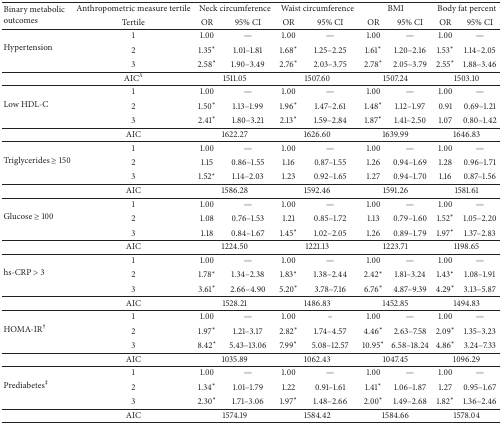
<table><thead><tr><td rowspan="2"><b>Binary metabolic outcomes</b></td><td><b>Anthropometric measure tertile</b></td><td colspan="2"><b>Neck circumference</b></td><td colspan="2"><b>Waist circumference</b></td><td colspan="2"><b>BMI</b></td><td colspan="2"><b>Body fat percent</b></td></tr><tr><td><b>Tertile</b></td><td><b>OR</b></td><td><b>95% CI</b></td><td><b>OR</b></td><td><b>95% CI</b></td><td><b>OR</b></td><td><b>95% CI</b></td><td><b>OR</b></td><td><b>95% CI</b></td></tr></thead><tbody><tr><td rowspan="3">Hypertension</td><td>1</td><td>1.00</td><td>—</td><td>1.00</td><td>—</td><td>1.00</td><td>—</td><td>1.00</td><td>—</td></tr><tr><td>2</td><td>1.35<sup><i>∗</i></sup></td><td>1.01–1.81</td><td>1.68<sup><i>∗</i></sup></td><td>1.25–2.25</td><td>1.61<sup><i>∗</i></sup></td><td>1.20–2.16</td><td>1.53<sup><i>∗</i></sup></td><td>1.14–2.05</td></tr><tr><td>3</td><td>2.58<sup><i>∗</i></sup></td><td>1.90–3.49</td><td>2.76<sup><i>∗</i></sup></td><td>2.03–3.75</td><td>2.78<sup><i>∗</i></sup></td><td>2.05–3.79</td><td>2.55<sup><i>∗</i></sup></td><td>1.88–3.46</td></tr><tr><td> </td><td>AIC<sup><i>λ</i></sup></td><td colspan="2">1511.05</td><td colspan="2">1507.60</td><td colspan="2">1507.24</td><td colspan="2">1503.10</td></tr><tr><td rowspan="3">Low HDL-C</td><td>1</td><td>1.00</td><td>—</td><td>1.00</td><td>—</td><td>1.00</td><td>—</td><td>1.00</td><td>—</td></tr><tr><td>2</td><td>1.50<sup><i>∗</i></sup></td><td>1.13–1.99</td><td>1.96<sup><i>∗</i></sup></td><td>1.47–2.61</td><td>1.48<sup><i>∗</i></sup></td><td>1.12–1.97</td><td>0.91</td><td>0.69–1.21</td></tr><tr><td>3</td><td>2.41<sup><i>∗</i></sup></td><td>1.80–3.21</td><td>2.13<sup><i>∗</i></sup></td><td>1.59–2.84</td><td>1.87<sup><i>∗</i></sup></td><td>1.41–2.50</td><td>1.07</td><td>0.80–1.42</td></tr><tr><td> </td><td>AIC</td><td colspan="2">1622.27</td><td colspan="2">1626.60</td><td colspan="2">1639.99</td><td colspan="2">1646.83</td></tr><tr><td rowspan="3">Triglycerides ≥ 150</td><td>1</td><td>1.00</td><td>—</td><td>1.00</td><td>—</td><td>1.00</td><td>—</td><td>1.00</td><td>—</td></tr><tr><td>2</td><td>1.15</td><td>0.86–1.55</td><td>1.16</td><td>0.87–1.55</td><td>1.26</td><td>0.94–1.69</td><td>1.28</td><td>0.96–1.71</td></tr><tr><td>3</td><td>1.52<sup><i>∗</i></sup></td><td>1.14–2.03</td><td>1.23</td><td>0.92–1.65</td><td>1.27</td><td>0.94–1.70</td><td>1.16</td><td>0.87–1.56</td></tr><tr><td> </td><td>AIC</td><td colspan="2">1586.28</td><td colspan="2">1592.46</td><td colspan="2">1591.26</td><td colspan="2">1581.61</td></tr><tr><td rowspan="3">Glucose ≥ 100</td><td>1</td><td>1.00</td><td>—</td><td>1.00</td><td>—</td><td>1.00</td><td>—</td><td>1.00</td><td>—</td></tr><tr><td>2</td><td>1.08</td><td>0.76–1.53</td><td>1.21</td><td>0.85–1.72</td><td>1.13</td><td>0.79–1.60</td><td>1.52<sup><i>∗</i></sup></td><td>1.05–2.20</td></tr><tr><td>3</td><td>1.18</td><td>0.84–1.67</td><td>1.45<sup><i>∗</i></sup></td><td>1.02–2.05</td><td>1.26</td><td>0.89–1.79</td><td>1.97<sup><i>∗</i></sup></td><td>1.37–2.83</td></tr><tr><td> </td><td>AIC</td><td colspan="2">1224.50</td><td colspan="2">1221.13</td><td colspan="2">1223.71</td><td colspan="2">1198.65</td></tr><tr><td rowspan="3">hs-CRP &gt; 3</td><td>1</td><td>1.00</td><td>—</td><td>1.00</td><td>—</td><td>1.00</td><td>—</td><td>1.00</td><td>—</td></tr><tr><td>2</td><td>1.78<sup><i>∗</i></sup></td><td>1.34–2.38</td><td>1.83<sup><i>∗</i></sup></td><td>1.38–2.44</td><td>2.42<sup><i>∗</i></sup></td><td>1.81–3.24</td><td>1.43<sup><i>∗</i></sup></td><td>1.08–1.91</td></tr><tr><td>3</td><td>3.61<sup><i>∗</i></sup></td><td>2.66–4.90</td><td>5.20<sup><i>∗</i></sup></td><td>3.78–7.16</td><td>6.76<sup><i>∗</i></sup></td><td>4.87–9.39</td><td>4.29<sup><i>∗</i></sup></td><td>3.13–5.87</td></tr><tr><td> </td><td>AIC</td><td colspan="2">1528.21</td><td colspan="2">1486.83</td><td colspan="2">1452.85</td><td colspan="2">1494.83</td></tr><tr><td rowspan="3">HOMA-IR<sup>†</sup></td><td>1</td><td>1.00</td><td>—</td><td>1.00</td><td>–</td><td>1.00</td><td>—</td><td>1.00</td><td>—</td></tr><tr><td>2</td><td>1.97<sup><i>∗</i></sup></td><td>1.21–3.17</td><td>2.82<sup><i>∗</i></sup></td><td>1.74–4.57</td><td>4.46<sup><i>∗</i></sup></td><td>2.63–7.58</td><td>2.09<sup><i>∗</i></sup></td><td>1.35–3.23</td></tr><tr><td>3</td><td>8.42<sup><i>∗</i></sup></td><td>5.43–13.06</td><td>7.99<sup><i>∗</i></sup></td><td>5.08–12.57</td><td>10.95<sup><i>∗</i></sup></td><td>6.58–18.24</td><td>4.86<sup><i>∗</i></sup></td><td>3.24–7.33</td></tr><tr><td> </td><td>AIC</td><td colspan="2">1035.89</td><td colspan="2">1062.43</td><td colspan="2">1047.45</td><td colspan="2">1096.29</td></tr><tr><td rowspan="3">Prediabetes<sup>‡</sup></td><td>1</td><td>1.00</td><td>—</td><td>1.00</td><td>—</td><td>1.00</td><td>—</td><td>1.00</td><td>—</td></tr><tr><td>2</td><td>1.34<sup><i>∗</i></sup></td><td>1.01–1.79</td><td>1.22</td><td>0.91–1.61</td><td>1.41<sup><i>∗</i></sup></td><td>1.06–1.87</td><td>1.27</td><td>0.95–1.67</td></tr><tr><td>3</td><td>2.30<sup><i>∗</i></sup></td><td>1.71–3.06</td><td>1.97<sup><i>∗</i></sup></td><td>1.48–2.66</td><td>2.00<sup><i>∗</i></sup></td><td>1.49–2.68</td><td>1.82<sup><i>∗</i></sup></td><td>1.36–2.46</td></tr><tr><td> </td><td>AIC</td><td colspan="2">1574.19</td><td colspan="2">1584.42</td><td colspan="2">1584.66</td><td colspan="2">1578.04</td></tr></tbody></table>